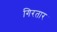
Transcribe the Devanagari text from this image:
गिरतार